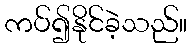
ကပ်၍နိုင်ခဲ့သည်။